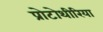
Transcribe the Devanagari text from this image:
प्रोटोथीरिया